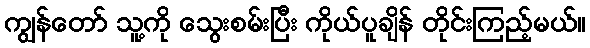
ကျွန်တော် သူ့ကို သွေးစမ်းပြီး ကိုယ်ပူချိန် တိုင်းကြည့်မယ်။